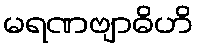
မရဏဗျာဓိဟိ